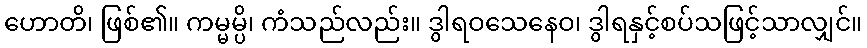
ဟောတိ၊ ဖြစ်၏။ ကမ္မမ္ပိ၊ ကံသည်လည်း။ ဒွါရဝသေနေဝ၊ ဒွါရနှင့်စပ်သဖြင့်သာလျှင်။